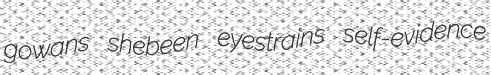
gowans shebeen eyestrains self-evidence